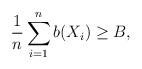
LaTeX: \begin{align*}\frac{1}{n} \sum_{i=1}^n b(X_i) \ge B , \end{align*}